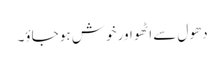
دھول سے اٹھو اور خوش ہو جاؤ۔